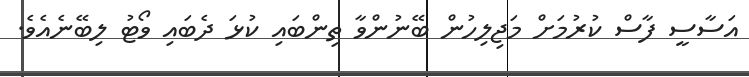
އަސާސީ ފާސް ކުރުމަށް މަޖިލިހުން ބޭނުންވާ ތިންބައި ކުޅަ ދެބައި ވޯޓު ލިބޭނެއެވެ.